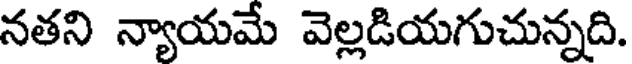
నతని న్యాయమే వెల్లడియగుచున్నది.